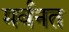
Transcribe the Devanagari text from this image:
मर्वनत